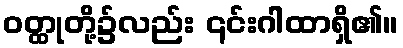
ဝတ္ထုတို့၌လည်း ၎င်းဂါထာရှိ၏။